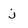
Character: j